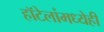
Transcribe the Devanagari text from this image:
हॉटेलांमध्येही